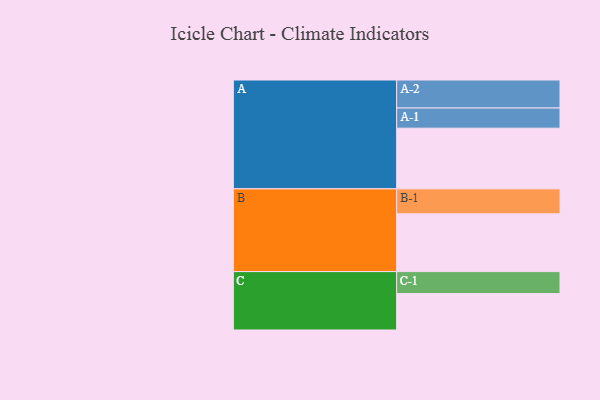
{"axis": {"x": "Segment", "y": "Value"}, "legend": ["", "A", "B", "C"], "data": [{"x": "A", "y": 565, "type": ""}, {"x": "B", "y": 538, "type": ""}, {"x": "C", "y": 339, "type": ""}, {"x": "A-1", "y": 188, "type": "A"}, {"x": "A-2", "y": 261, "type": "A"}, {"x": "B-1", "y": 233, "type": "B"}, {"x": "C-1", "y": 205, "type": "C"}]}